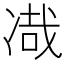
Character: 𰄂